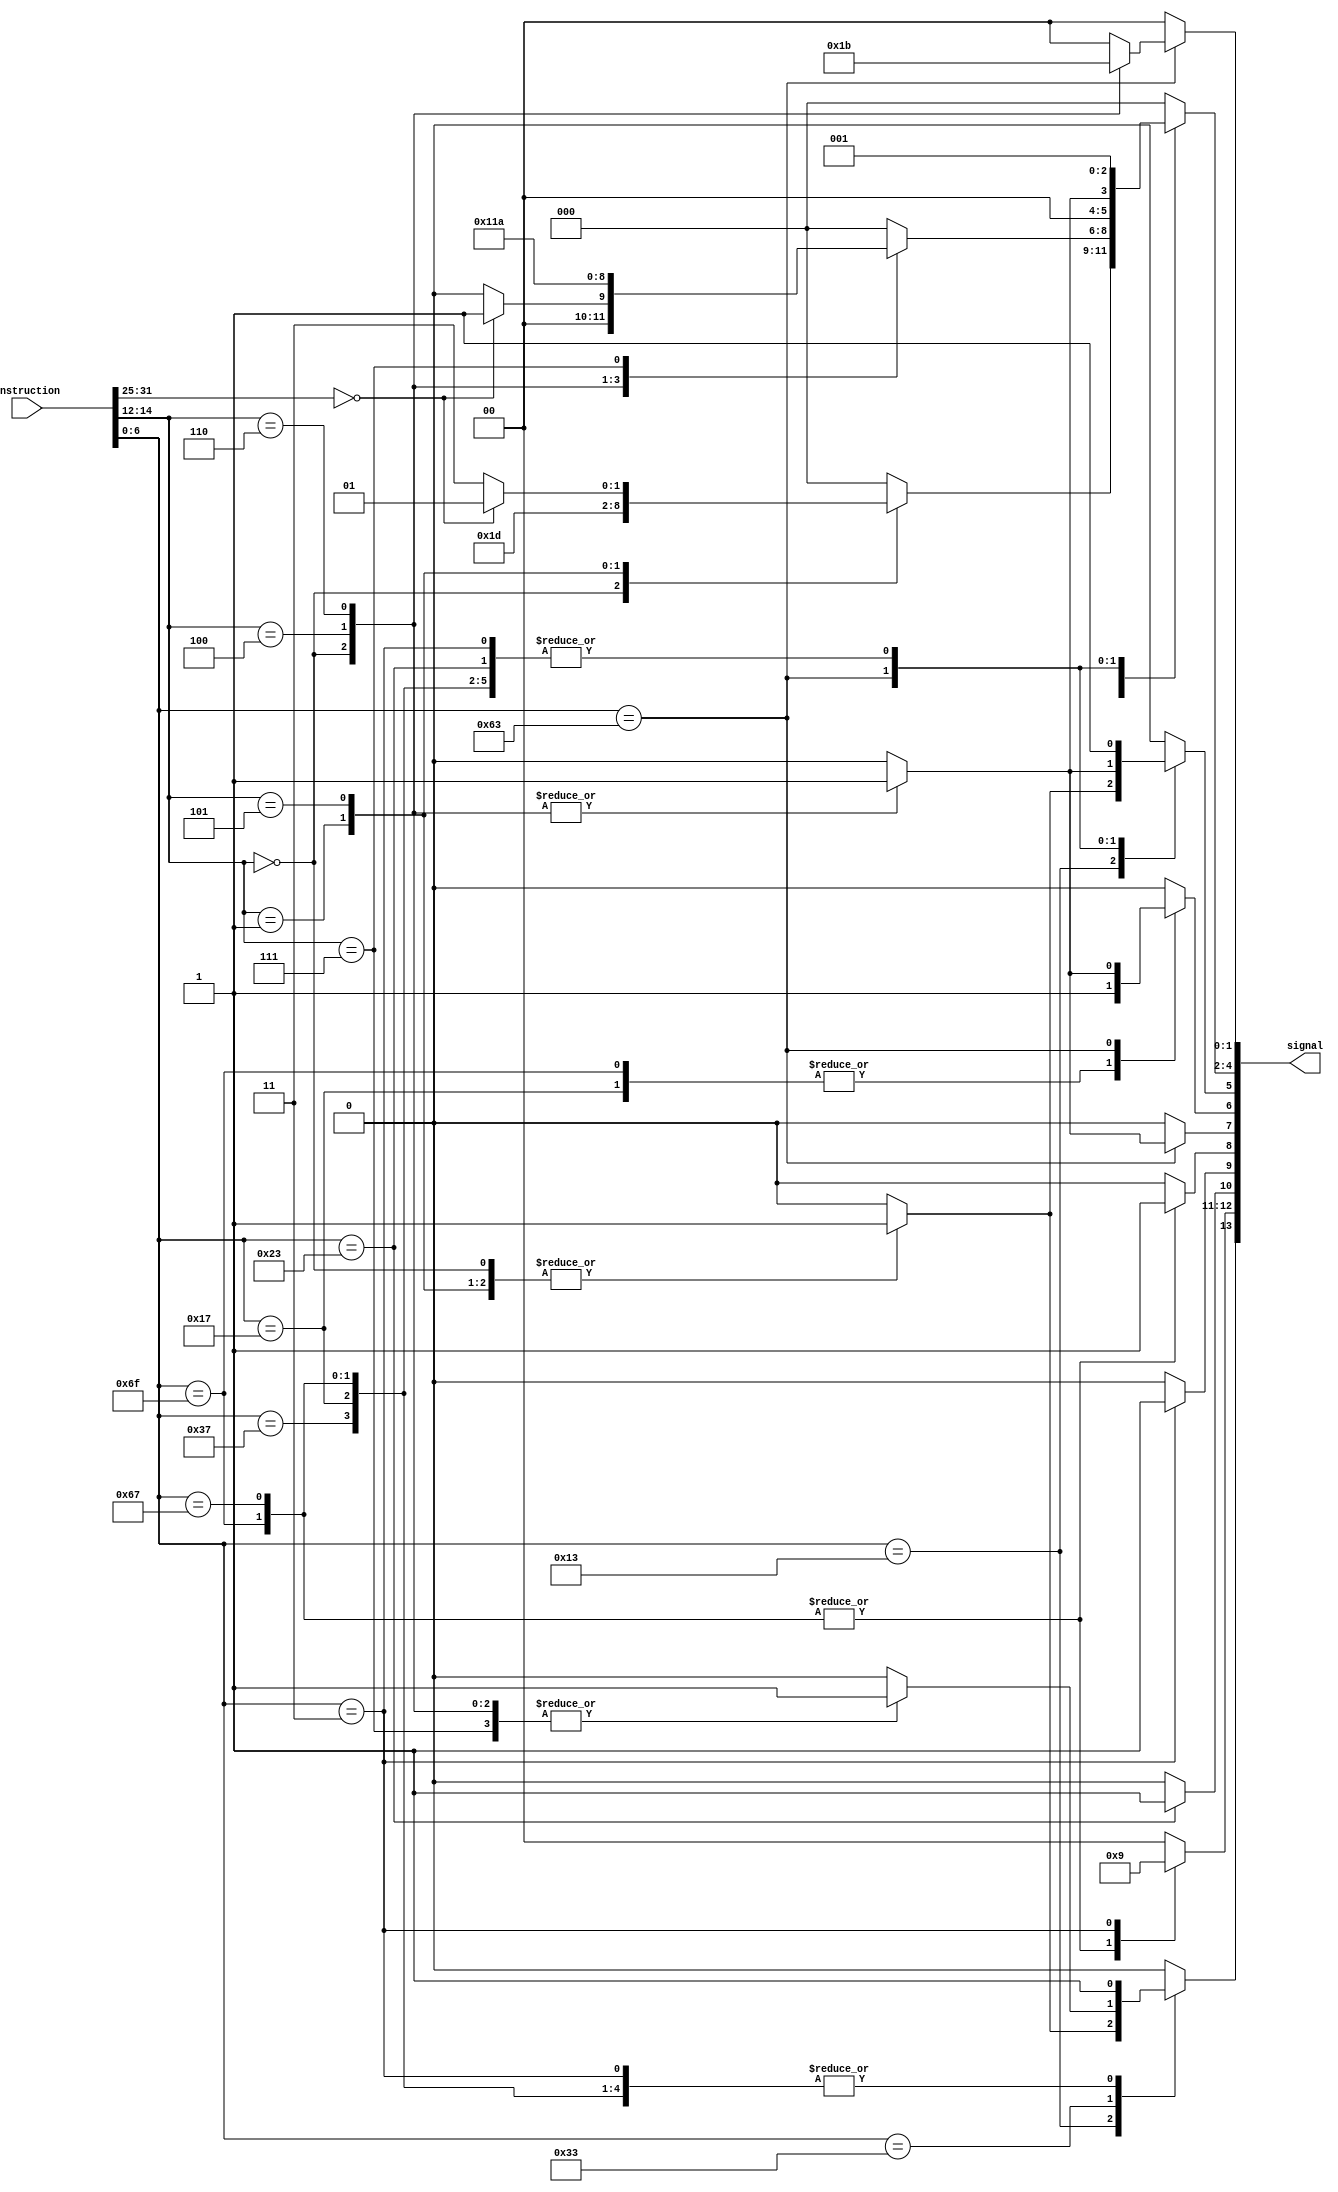
`timescale 1ns / 1ps
//////////////////////////////////////////////////////////////////////////////////
// Company: 
// Engineer: 
// 
// Design Name: 
// Module Name: Control
// Project Name: 
// Target Devices: 
// Tool Versions: 
// Description: 
// 
// Dependencies: 
// 
// Revision:
// Revision 0.01 - File Created
// Additional Comments:
// 
//////////////////////////////////////////////////////////////////////////////////


module Control(
    input [31:0] instruction,
    output [13:0] signal
);
wire [6:0] op = instruction[6:0];
wire [2:0] funct3 = instruction[14:12];
wire [6:0] funct7 = instruction[31:25];

reg RegWrite;
reg [1:0] WbSrc;
reg MemWrite;
reg MemRead;
// reg [3:0] Mem;
reg DoJmp;
reg DoBranch;
reg ALUSrc1;
reg ALUSrc2;
reg [2:0] ALUOp;
reg [1:0] Branch; 

assign signal = {RegWrite,WbSrc[1:0],MemWrite,MemRead,DoJmp,DoBranch,ALUSrc1,ALUSrc2,ALUOp[2:0],Branch[1:0]};
// assign signal = {Branch,MemRead,WbSrc[1:0],ALUOp[2:0],MemWrite,//PCSrc,ALUSrc1,ALUSrc2,RegWrite};

always@(*)
begin
    case (op)
        7'b0010011:begin
            case(funct3)
            3'b000:begin    //addi
                Branch = 2'b00;
                MemRead = 0;
                WbSrc[1:0] = 2'b00;
                ALUOp = 3'b001;
                MemWrite = 0;
                //PCSrc = 0;
                DoJmp = 0;
                DoBranch = 0;
                ALUSrc1 = 0;
                ALUSrc2 = 1;
                RegWrite = 1;
            end
            3'b001:begin    //slli
                Branch = 0;
                MemRead = 0;
                WbSrc[1:0] = 2'b00;
                ALUOp = 3'b110;
                MemWrite = 0;
                //PCSrc = 0;
                DoJmp = 0;
                DoBranch = 0;
                ALUSrc1 = 0;
                ALUSrc2 = 1;
                RegWrite = 1;
            end
            3'b101:begin    //srli srai
                if(funct7 == 7'b000_0000)begin  //srli
                    Branch = 0;
                    MemRead = 0;
                    WbSrc[1:0] = 2'b00;
                    ALUOp = 3'b101;
                    MemWrite = 0;
                    //PCSrc = 0;
                    DoJmp = 0;
                    DoBranch = 0;
                    ALUSrc1 = 0;
                    ALUSrc2 = 1;
                    RegWrite = 1;
                end
                else begin                      //srai
                    Branch = 0;
                    MemRead = 0;
                    WbSrc[1:0] = 2'b00;
                    ALUOp = 3'b111;
                    MemWrite = 0;
                    //PCSrc = 0;
                    DoJmp = 0;
                    DoBranch = 0;
                    ALUSrc1 = 0;
                    ALUSrc2 = 1;
                    RegWrite = 1;
                end
            end
            default:begin
                Branch = 0;
                MemRead = 0;
                WbSrc[1:0] = 2'b00;
                ALUOp = 3'b000;
                MemWrite = 0;
                //PCSrc = 0;
                DoJmp = 0;
                DoBranch = 0;
                ALUSrc1 = 0;
                ALUSrc2 = 0;
                RegWrite = 0;
            end
            endcase
        end 
        7'b0110011:begin
            case(funct3)
            3'b000:begin    //add sub
                if(funct7 == 7'b000_0000)begin  //add
                    Branch = 0;
                    MemRead = 0;
                    WbSrc[1:0] = 2'b00;
                    ALUOp = 3'b001;
                    MemWrite = 0;
                    //PCSrc = 0;
                    DoJmp = 0;
                    DoBranch = 0;
                    ALUSrc1 = 0;
                    ALUSrc2 = 0;
                    RegWrite = 1;
                end
                else begin                      //sub
                    Branch = 0;
                    MemRead = 0;
                    WbSrc[1:0] = 2'b00;
                    ALUOp = 3'b000;
                    MemWrite = 0;
                    //PCSrc = 0;
                    DoJmp = 0;
                    DoBranch = 0;
                    ALUSrc1 = 0;
                    ALUSrc2 = 0;
                    RegWrite = 1;
                end
            end
            3'b100:begin    //xor
                Branch = 0;
                MemRead = 0;
                WbSrc[1:0] = 2'b00;
                ALUOp = 3'b100;
                MemWrite = 0;
                //PCSrc = 0;
                DoJmp = 0;
                DoBranch = 0;
                ALUSrc1 = 0;
                ALUSrc2 = 0;
                RegWrite = 1;
            end
            3'b110:begin    //or
                Branch = 0;
                MemRead = 0;
                WbSrc[1:0] = 2'b00;
                ALUOp = 3'b011;
                MemWrite = 0;
                //PCSrc = 0;
                DoJmp = 0;
                DoBranch = 0;
                ALUSrc1 = 0;
                ALUSrc2 = 0;
                RegWrite = 1;
            end
            3'b111:begin    //and
                Branch = 0;
                MemRead = 0;
                WbSrc[1:0] = 2'b00;
                ALUOp = 3'b010;
                MemWrite = 0;
                //PCSrc = 0;
                DoJmp = 0;
                DoBranch = 0;
                ALUSrc1 = 0;
                ALUSrc2 = 0;
                RegWrite = 1;
            end
            default:begin
                Branch = 0;
                MemRead = 0;
                WbSrc[1:0] = 2'b00;
                ALUOp = 3'b000;
                MemWrite = 0;
                //PCSrc = 0;
                DoJmp = 0;
                DoBranch = 0;
                ALUSrc1 = 0;
                ALUSrc2 = 0;
                RegWrite = 0;
            end
            endcase
        end
        7'b0110111:begin    //lui
            Branch = 0;
            MemRead = 0;
            WbSrc[1:0] = 2'b00;
            ALUOp = 3'b001;
            MemWrite = 0;
            //PCSrc = 0;
            DoJmp = 0;
            DoBranch = 0;
            ALUSrc1 = 0;
            ALUSrc2 = 1;
            RegWrite = 1;
        end
        7'b0010111:begin    //auipc
            Branch = 0;
            MemRead = 0;
            WbSrc[1:0] = 2'b00;
            ALUOp = 3'b001;
            MemWrite = 0;
            //PCSrc = 0;
            DoJmp = 0;
            DoBranch = 0;
            ALUSrc1 = 1;
            ALUSrc2 = 1;
            RegWrite = 1;
        end
        7'b1101111:begin    //jal
            Branch = 0;
            MemRead = 0;
            WbSrc[1:0] = 2'b10;
            ALUOp = 3'b001;
            MemWrite = 0;
            //PCSrc = 0;
            DoJmp = 1;
            DoBranch = 0;
            ALUSrc1 = 1;
            ALUSrc2 = 1;
            RegWrite = 1;
        end
        7'b1100111:begin    //jalr
            Branch = 0;
            MemRead = 0;
            WbSrc[1:0] = 2'b10;
            ALUOp = 3'b001;
            MemWrite = 0;
            //PCSrc = 1;
            DoJmp = 1;
            DoBranch = 0;
            ALUSrc1 = 0;
            ALUSrc2 = 1;
            RegWrite = 1;
        end
        7'b1100011:begin    
            case(funct3)
            3'b000:begin    //beq
                Branch = 2'b01;
                MemRead = 0;
                WbSrc[1:0] = 2'b00;
                ALUOp = 3'b001;
                MemWrite = 0;
                //PCSrc = 0;
                DoJmp = 0;
                DoBranch = 1;
                ALUSrc1 = 1;
                ALUSrc2 = 1;
                RegWrite = 0;
            end
            3'b100:begin    //blt
                Branch = 2'b10;
                MemRead = 0;
                WbSrc[1:0] = 2'b00;
                ALUOp = 3'b001;
                MemWrite = 0;
                //PCSrc = 0;
                DoJmp = 0;
                DoBranch = 1;
                ALUSrc1 = 1;
                ALUSrc2 = 1;
                RegWrite = 0;
            end
            3'b110:begin    //bltu
                Branch = 2'b11;
                MemRead = 0;
                WbSrc[1:0] = 2'b00;
                ALUOp = 3'b001;
                MemWrite = 0;
                //PCSrc = 0;
                DoJmp = 0;
                DoBranch = 1;
                ALUSrc1 = 1;
                ALUSrc2 = 1;
                RegWrite = 0;
            end
            default:begin
                Branch = 0;
                MemRead = 0;
                WbSrc[1:0] = 2'b00;
                ALUOp = 3'b000;
                MemWrite = 0;
                //PCSrc = 0;
                DoJmp = 0;
                DoBranch = 0;
                ALUSrc1 = 0;
                ALUSrc2 = 0;
                RegWrite = 0;
            end
            endcase
        end
        7'b0100011:begin    //sw
            Branch = 0;
            MemRead = 0;
            WbSrc[1:0] = 2'b00;
            ALUOp = 3'b001;
            MemWrite = 1;
            //PCSrc = 0;
            DoJmp = 0;
            DoBranch = 0;
            ALUSrc1 = 0;
            ALUSrc2 = 1;
            RegWrite = 0;
        end
        7'b0000011:begin    //lw
            Branch = 0;
            MemRead = 1;
            WbSrc[1:0] = 2'b01;
            ALUOp = 3'b001;
            MemWrite = 0;
            //PCSrc = 0;
            DoJmp = 0;
            DoBranch = 0;
            ALUSrc1 = 0;
            ALUSrc2 = 1;
            RegWrite = 1;
        end
        default:begin
            Branch = 0;
            MemRead = 0;
            WbSrc[1:0] = 2'b00;
            ALUOp = 3'b000;
            MemWrite = 0;
            //PCSrc = 0;
            DoJmp = 0;
            DoBranch = 0;
            ALUSrc1 = 0;
            ALUSrc2 = 0;
            RegWrite = 0;
        end 
    endcase

    

end

endmodule